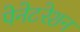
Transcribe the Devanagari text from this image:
पेनेटरेशन